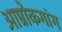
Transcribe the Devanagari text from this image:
आम्रोकगांग